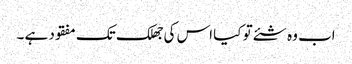
اب وہ شئے تو کیا اس کی جھلک تک مفقود ہے ۔